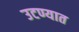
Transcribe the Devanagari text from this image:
उटण्यात